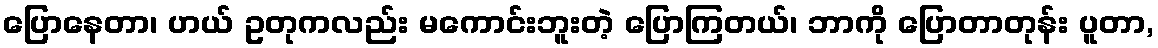
ပြောနေတာ၊ ဟယ် ဥတုကလည်း မကောင်းဘူးတဲ့ ပြောကြတယ်၊ ဘာကို ပြောတာတုန်း ပူတာ,